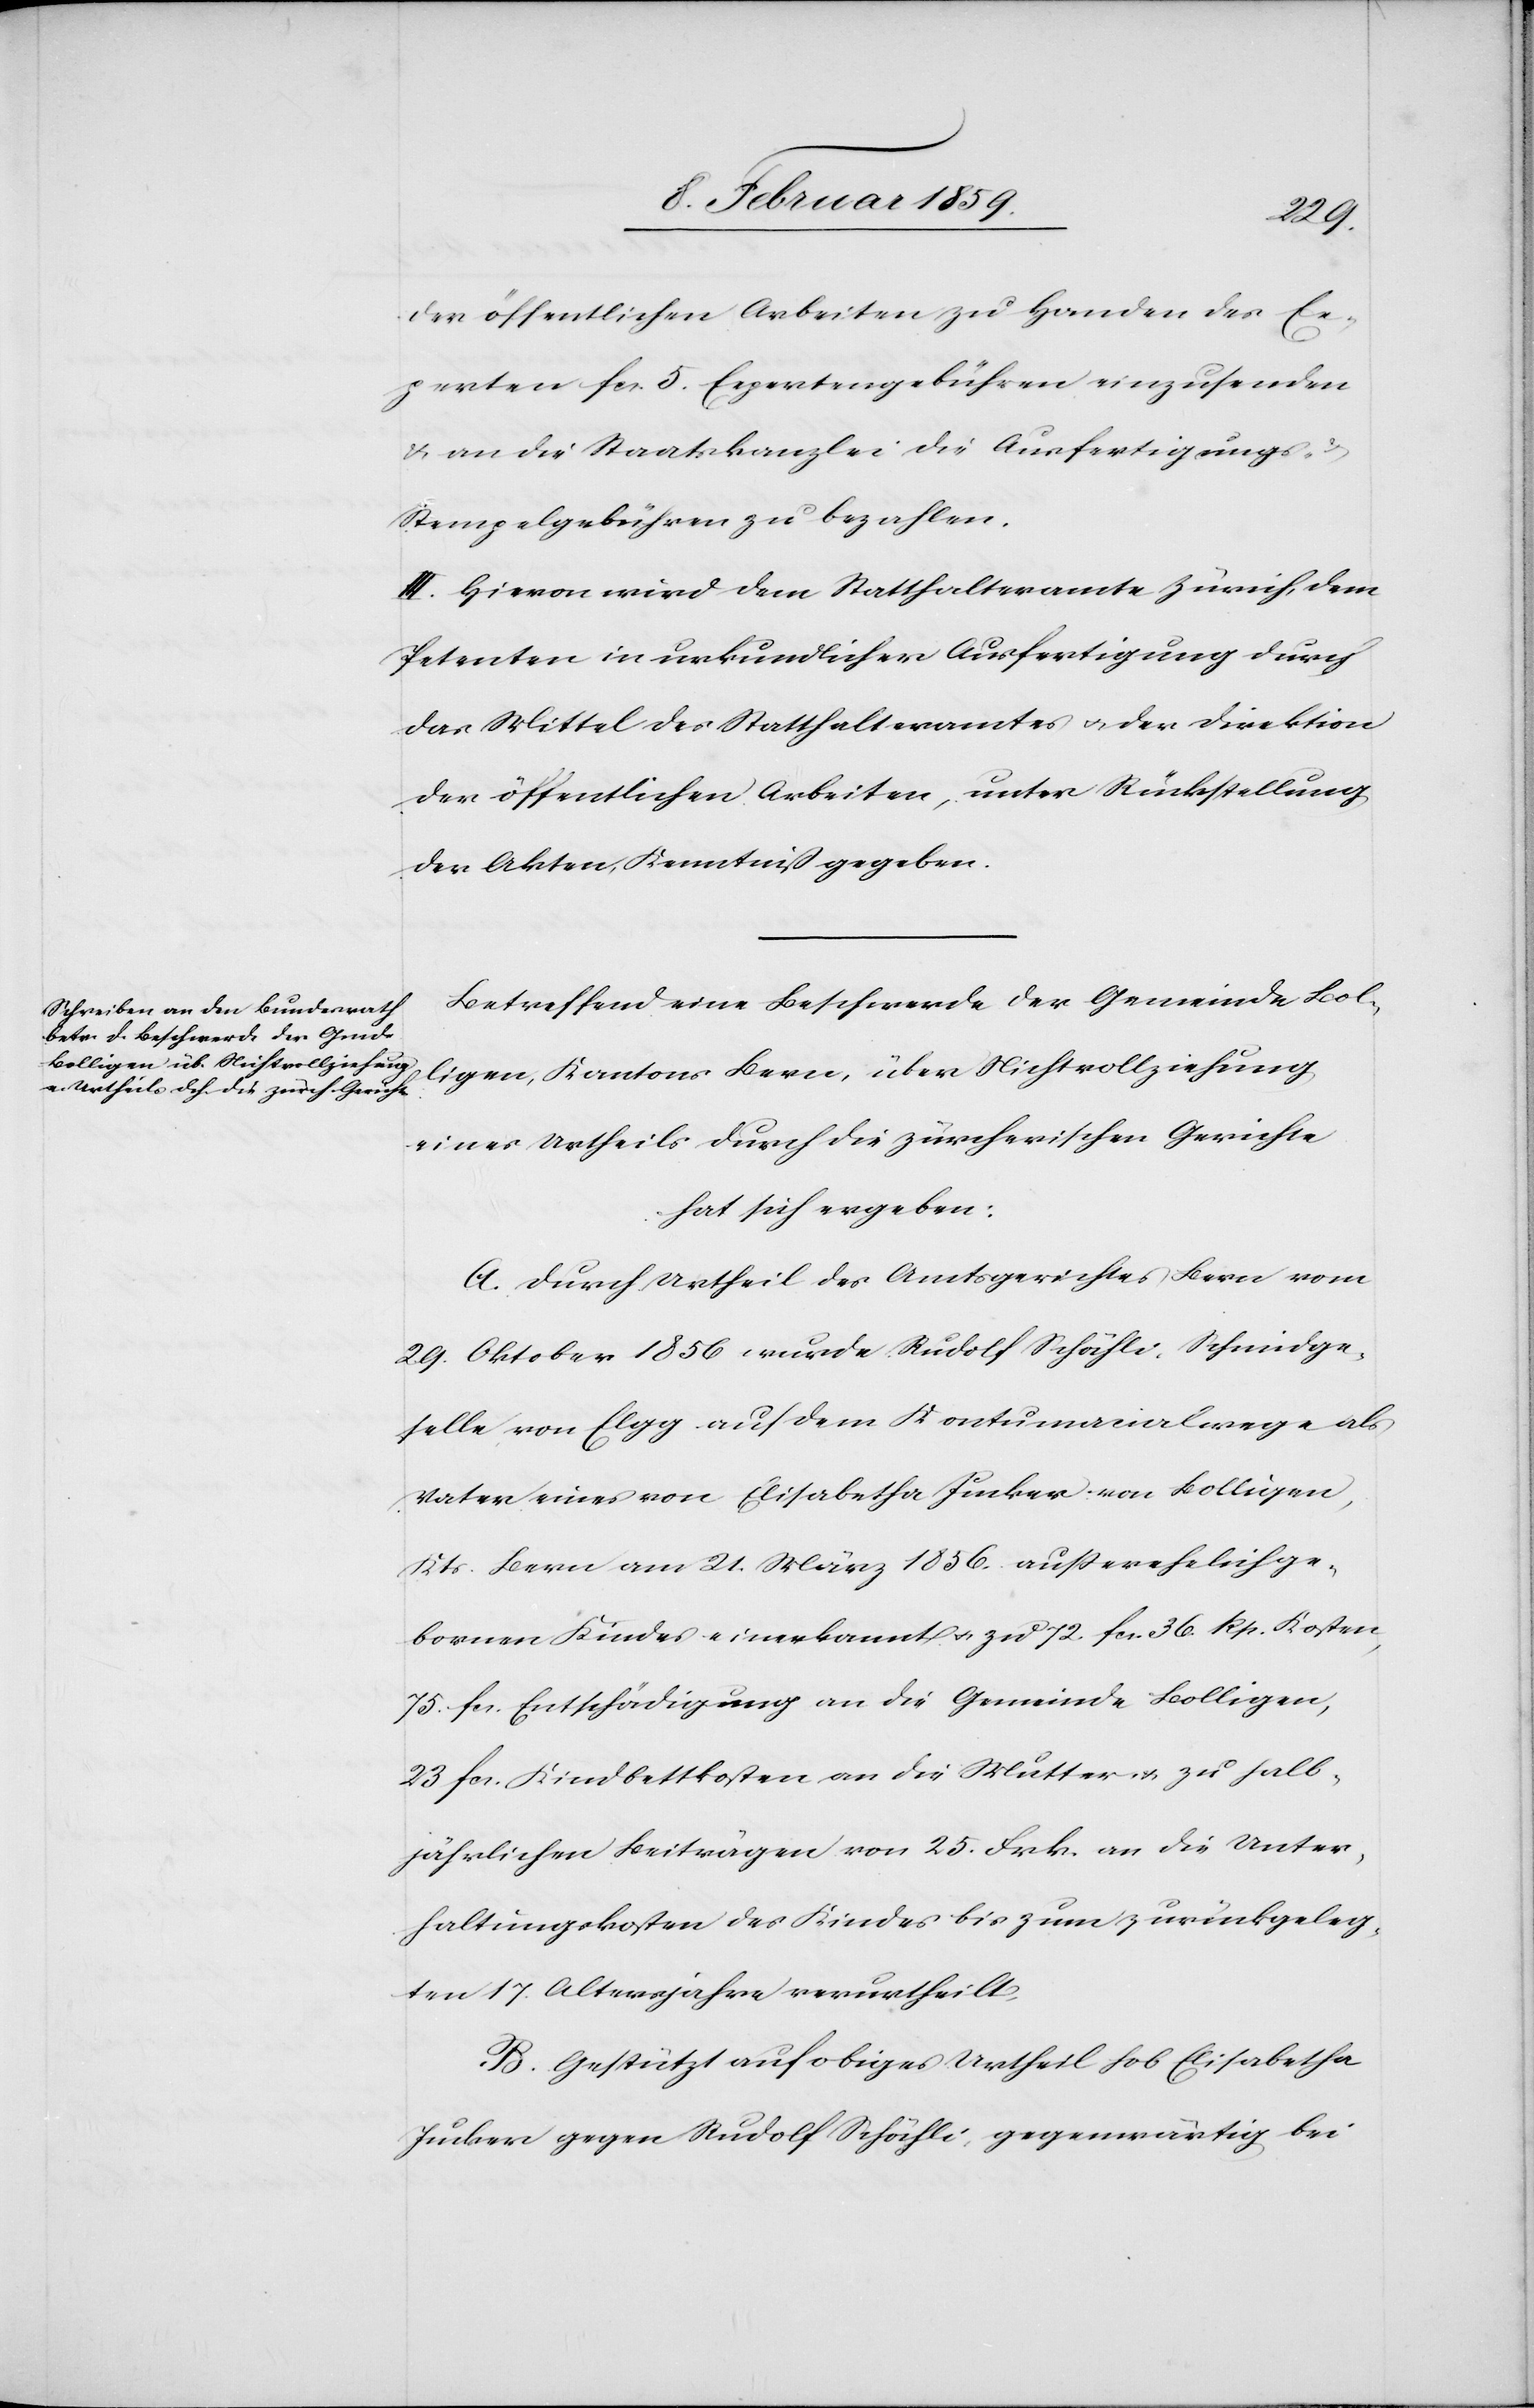
der öffentlichen Arbeiten zu Handen des Ex¬
perten fcs. 5. Expertengebühren einzusenden
& an die Staatskanzlei die Ausfertigungs-
Stempelgebühren zu bezahlen.
III. Hievon wird dem Statthalteramte Zürich, dem
Petenten in urkundlicher Ausfertigung durch
das Mittel des Statthalteramtes u. der Direktion
der öffentlichen Arbeiten, unter Rückstellung
der Akten, Kenntniß gegeben.
Betreffend eine Beschwerde der Gemeinde Bol¬
ligen, Kantons Bern, über Nichtvollziehung
eines Urtheils durch die zürcherischen Gerichte
hat sich ergeben:
A. Durch Urtheil des Amtsgerichtes Bern vom
29. Oktober 1856 wurde Rudolf Schähli, Schmidge¬
selle von Elgg auf dem Kontumacialwege als
Vater eines von Elisabetha Jucker von Bolligen,
Kts. Bern am 21. März 1856 außerehelichge¬
borenen Kindes einerkannt u. zu 72. fcs. 36. Rp. Kosten,
75. fcs. Entschädigung an die Gemeinde Bolligen,
23 fcs. Kindbettkosten an die Mutter u. zu halb¬
jährlichen Beiträgen von 25. Frk. an die Unter¬
haltungskosten des Kindes bis zum zurückgeleg¬
ten 17. Altersjahre verurtheilt.
B. Gestützt auf obiges Urtheil hob Elisabetha
Jucker gegen Rudolf Schähli, gegenwärtig bei